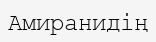
Амиранидің